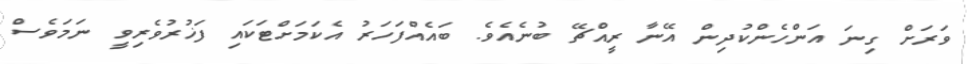
ވަރަށް ގިނަ އަންހެންކުދިން އޭނާ ރީއްޗޭ ބުނެއެވެ. ބައެއްފަހަރު އެކަމަށްޓަކައި ފަޚުރުވެރިވީ ނަމަވެސް